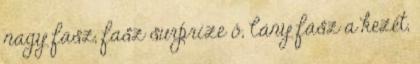
nagy fasz, fasz surprize ő, lány fasz a kezét,